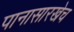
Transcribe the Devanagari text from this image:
पानासारखेच